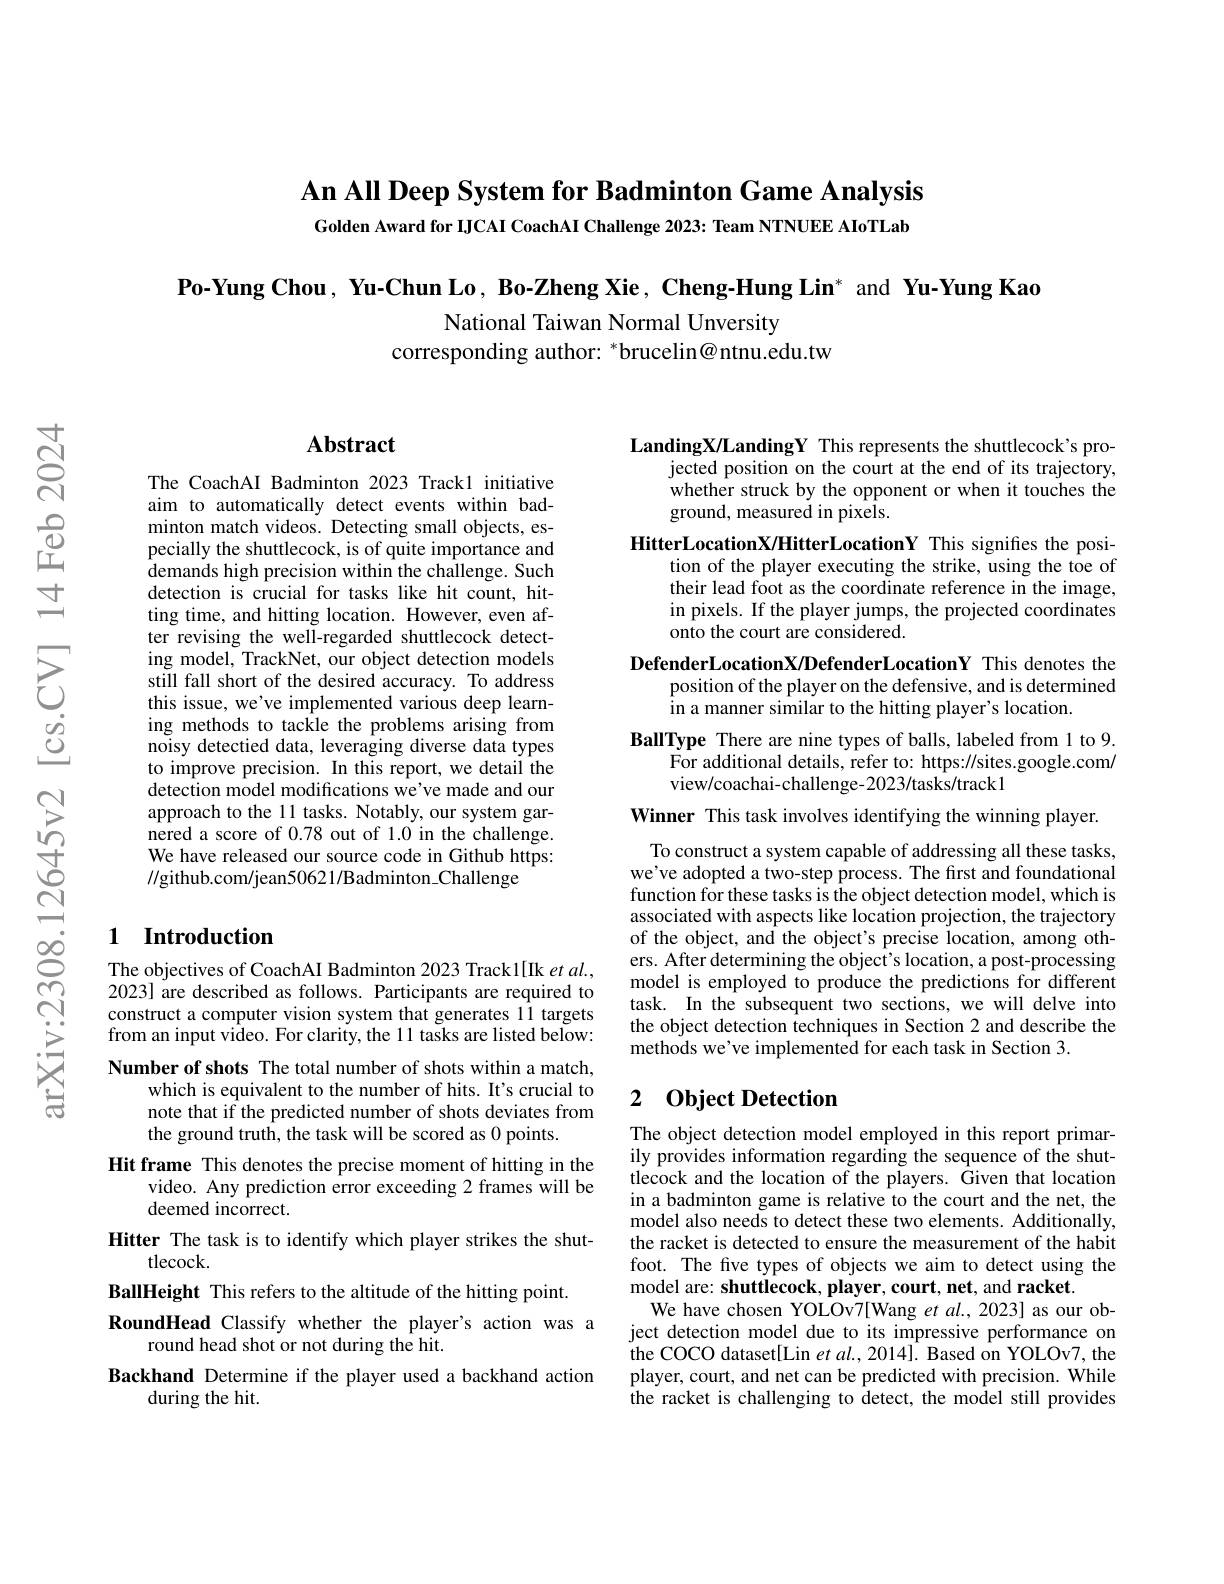
An All Deep System for Badminton Game Analysis Golden Award for IJCAI CoachAI Challenge 2023: Team NTNUEE AIoTLab

Po-Yung Chou, Yu-Chun Lo, Bo-Zheng Xie, Cheng-Hung Lin* and Yu-Yung Kao

National Taiwan Normal Unversity
corresponding author: $^*$brucelin@ntnu.edu.tw

## $\mathbf{Abstract}$

The CoachAI Badminton 2023 Track1 initiative aim to automatically detect events within badminton match videos. Detecting small objects, especially the shuttlecock, is of quite importance and demands high precision within the challenge. Such detection is crucial for tasks like hit count, hitting time, and hitting location. However, even after revising the well-regarded shuttlecock detecting model, TrackNet, our object detection models still fall short of the desired accuracy. To address this issue, we've implemented various deep learning methods to tackle the problems arising from noisy detectied data, leveraging diverse data types to improve precision. In this report, we detail the detection model modifications we've made and our approach to the 11 tasks. Notably, our system garnered a score of 0.78 out of 1.0 in the challenge. We have released our source code in Github https: //github.com/jean50621/Badminton\_Challenge

## 1 Introduction

The objectives of CoachAI Badminton 2023 Track1[Ik et al., 2023] are described as follows. Participants are required to construct a computer vision system that generates 11 targets from an input video. For clarity, the 11 tasks are listed below: Number of shots The total number of shots within a match,
which is equivalent to the number of hits. It's crucial to note that if the predicted number of shots deviates from the ground truth, the task will be scored as 0 points.
Hit frame This denotes the precise moment of hitting in the
video. Any prediction error exceeding 2 frames will be
deemed incorrect.
Hitter The task is to identify which player strikes the shut-
tlecock.
BallHeight This refers to the altitude of the hitting point.
RoundHead Classify whether the player's action was a
round head shot or not during the hit.
Backhand Determine if the player used a backhand action
during the hit.

LandingX/LandingY This represents the shuttlecock's pro-
jected position on the court at the end of its trajectory, whether struck by the opponent or when it touches the ground, measured in pixels.

HitterLocationX/HitterLocationY This signifies the posi-
tion of the player executing the strike, using the toe of their lead foot as the coordinate reference in the image, in pixels. If the player jumps, the projected coordinates onto the court are considered.

DefenderLocationX/DefenderLocationY This denotes the
position of the player on the defensive, and is determined
in a manner similar to the hitting player's location.

BallType There are nine types of balls, labeled from 1 to 9.
For additional details, refer to: https://sites.google.com/
view/coachai-challenge-2023/tasks/track1

Winner This task involves identifying the winning player.

To construct a system capable of addressing all these tasks, we've adopted a two-step process. The first and foundational function for these tasks is the object detection model, which is associated with aspects like location projection, the trajectory of the object, and the object's precise location, among others. After determining the object's location, a processing model is employed to produce the predictions for different task. In the subsequent two sections, we will delve into the object detection techniques in Section 2 and describe the methods we've implemented for each task in Section 3.

## 2 $\textbf{Object Detection}$

The object detection model employed in this report primarily provides information regarding the sequence of the shuttlecock and the location of the players. Given that location in a badminton game is relative to the court and the net, the model also needs to detect these two elements. Additionally, the racket is detected to ensure the measurement of the habit foot. The five types of objects we aim to detect using the model are: shuttlecock, player, court, net, and racket.
We have chosen YOLOv7[Wang et al., 2023] as our object detection model due to its impressive performance on the COCO dataset[Lin et al., 2014]. Based on YOLOv7, the player, court, and net can be predicted with precision. While the racket is challenging to detect, the model still provides